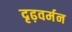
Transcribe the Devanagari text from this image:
दृढ़वर्मन